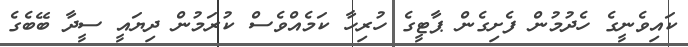
ކައިވެނީގެ ހެދުމުން ފެށިގެން ޕާޓީގެ ހުރިހާ ކަމެއްވެސް ކުރަމުން ދިޔައީ ސީދާ ބޭބެގެ